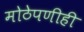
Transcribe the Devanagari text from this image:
मोठेपणीही